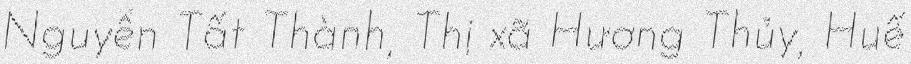
Nguyễn Tất Thành, Thị xã Hương Thủy, Huế